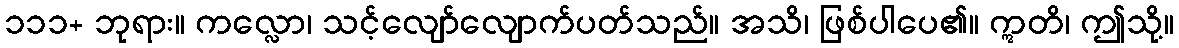
၁၁၁+ ဘုရား။ ကလ္လော၊ သင့်လျော်လျောက်ပတ်သည်။ အသိ၊ ဖြစ်ပါပေ၏။ ဣတိ၊ ဤသို့။